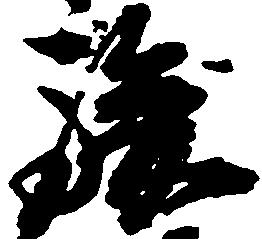
駿